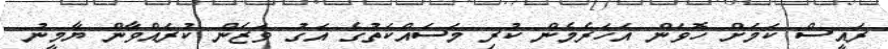
ރައީސް ކަމަށް ހޮވަން އަހަރެމެން ކުރި މަސައްކަތުގެ އަގު ވަޒަން ކުރައްވާން ޔާމީނު